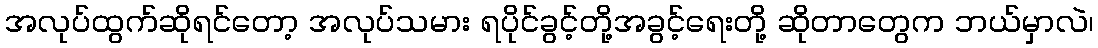
အလုပ်ထွက်ဆိုရင်တော့ အလုပ်သမား ရပိုင်ခွင့်တို့အခွင့်ရေးတို့ ဆိုတာတွေက ဘယ်မှာလဲ၊